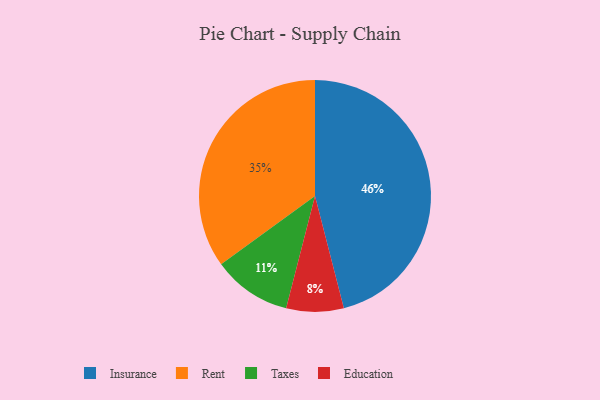
{"axis": {"x": "Category", "y": "Percentage"}, "legend": ["Education", "Insurance", "Rent", "Taxes"], "data": [{"x": "Education", "y": 8, "type": "Education"}, {"x": "Taxes", "y": 11, "type": "Taxes"}, {"x": "Insurance", "y": 46, "type": "Insurance"}, {"x": "Rent", "y": 35, "type": "Rent"}]}